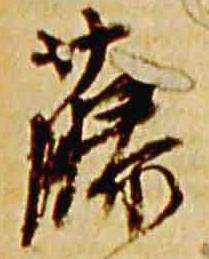
藤